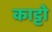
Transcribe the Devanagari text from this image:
काट्टो